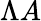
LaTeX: \Lambda A